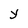
Character: y